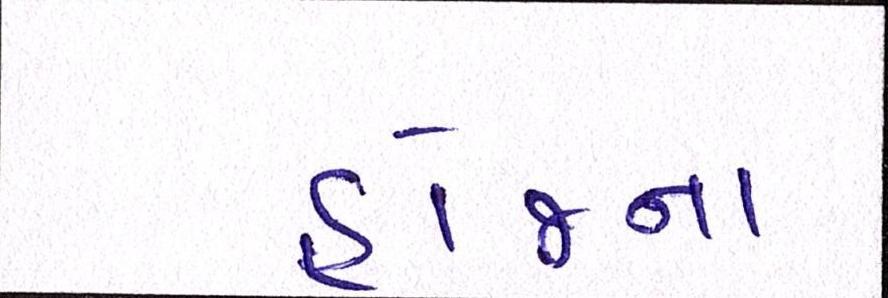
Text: હોજના